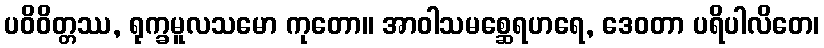
ပဝိဝိတ္တဿ, ရုက္ခမူလသမော ကုတော။ အာဝါသမစ္ဆေရဟရေ, ဒေဝတာ ပရိပါလိတေ၊